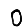
Digit: 0